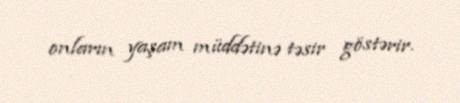
onların yaşam müddətinə təsir göstərir.